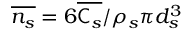
\overline { { n _ { s } } } = 6 \overline { { \mathsf { C } _ { s } } } / \rho _ { s } \pi d _ { s } ^ { 3 }